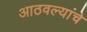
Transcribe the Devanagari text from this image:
आठवल्यांचे